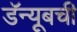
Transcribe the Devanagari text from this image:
डॅन्यूबची